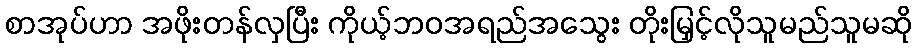
စာအုပ်ဟာ အဖိုးတန်လှပြီး ကိုယ့်ဘဝအရည်အသွေး တိုးမြှင့်လိုသူမည်သူမဆို